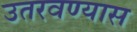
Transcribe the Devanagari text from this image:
उतरवण्यास